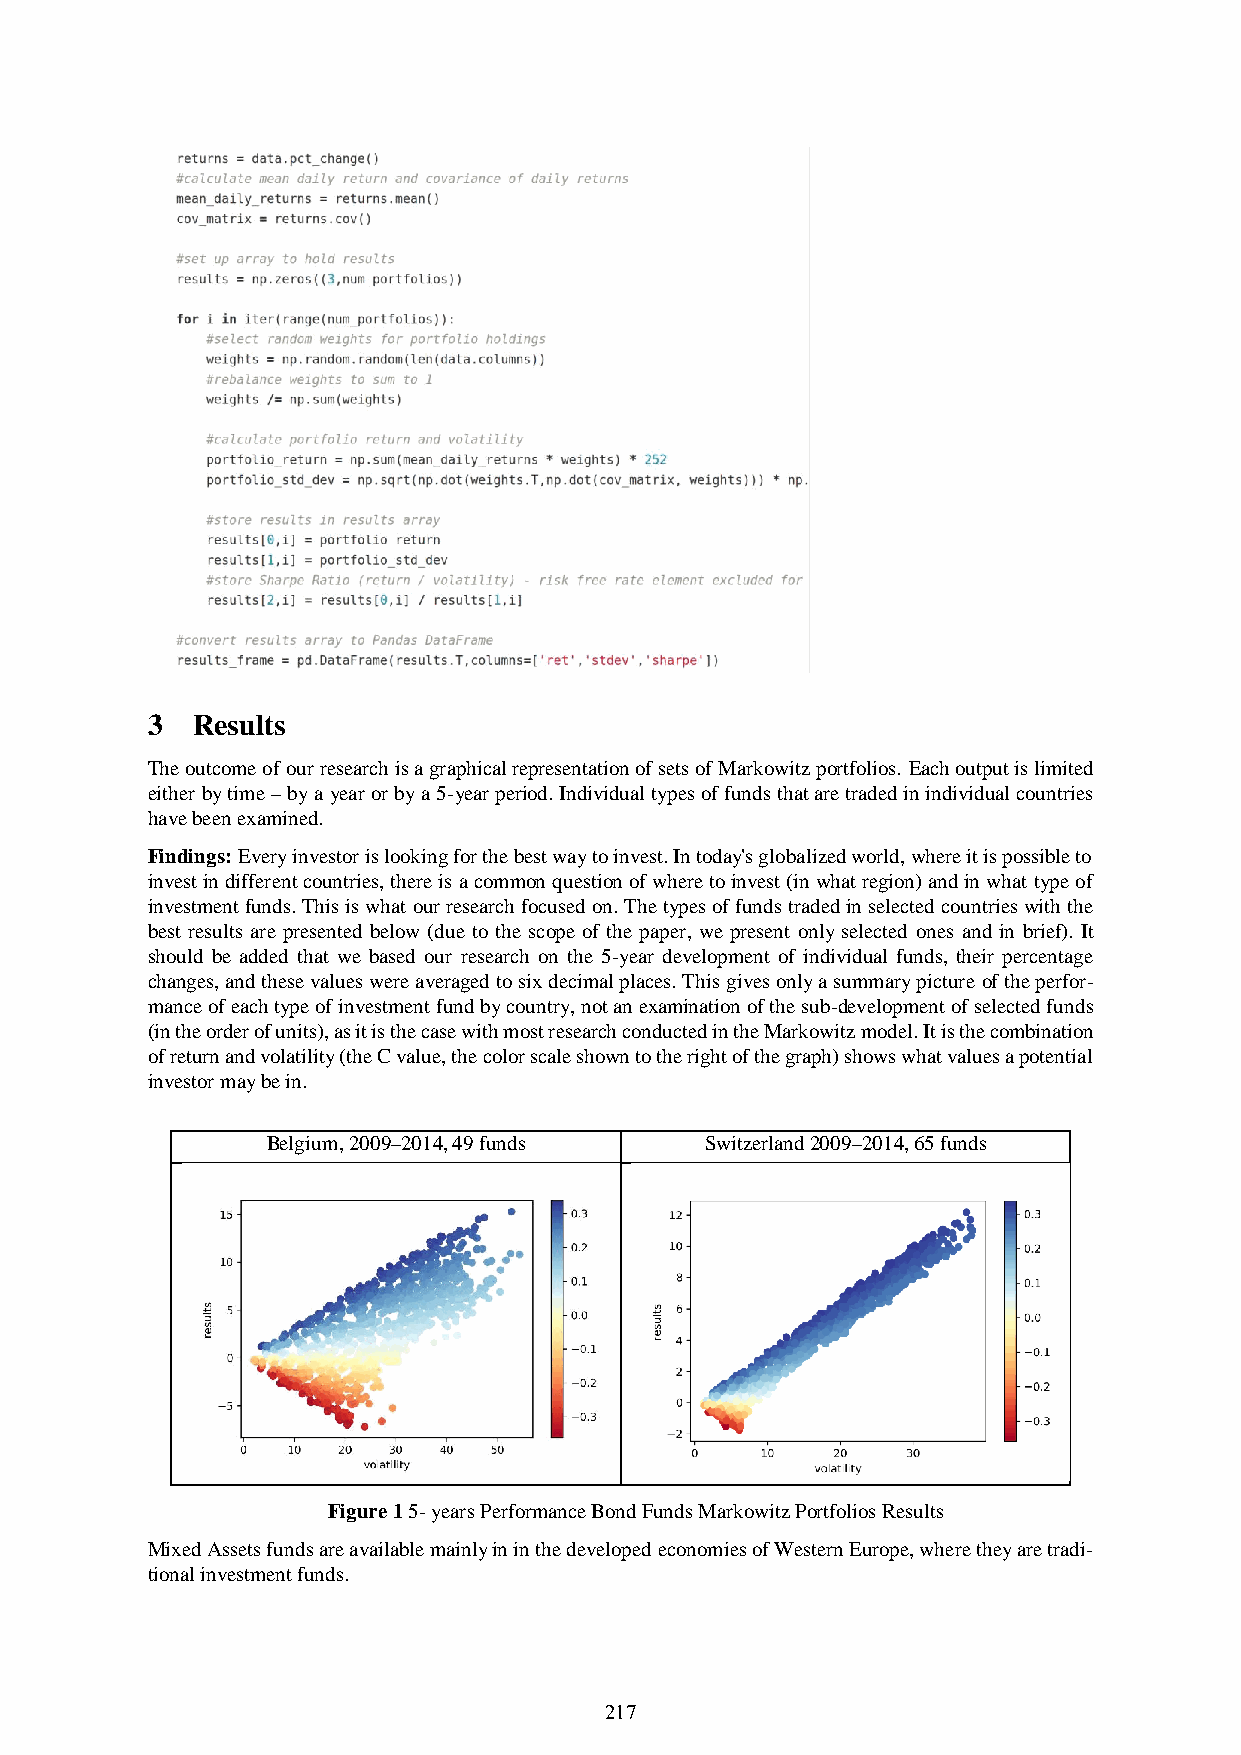
3  Results
 The outcome of our research is a graphical representation of sets of Markowitz portfolios. Each output is limited
 either by time – by a year or by a 5-year period. Individual types of funds that are traded in individual countries
 have been examined.
 Findings: Every investor is looking for the best way to invest. In today's globalized world, where it is possible to
 invest in different countries, there is a common question of where to invest (in what region) and in what type of
 investment funds. This is what our research focused on. The types of funds traded in selected countries with the
 best results are presented below (due to the scope of the paper, we present only selected ones and in brief). It
 should be added that we based our research on the 5-year development of individual funds, their percentage
 changes, and these values were averaged to six decimal places. This gives only a summary picture of the perfor-
 mance of each type of investment fund by country, not an examination of the sub-development of selected funds
 (in the order of units), as it is the case with most research conducted in the Markowitz model. It is the combination
 of return and volatility (the C value, the color scale shown to the right of the graph) shows what values a potential
 investor may be in.
 Belgium, 2009–2014, 49 funds Switzerland 2009–2014, 65 funds
 Figure 1 5- years Performance Bond Funds Markowitz Portfolios Results
 Mixed Assets funds are available mainly in in the developed economies of Western Europe, where they are tradi-
 tional investment funds.
 217